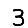
Digit: 3